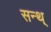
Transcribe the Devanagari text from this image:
सन्थ्